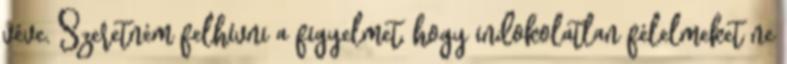
véve. Szeretném felhívni a figyelmet, hogy indokolatlan félelmeket ne